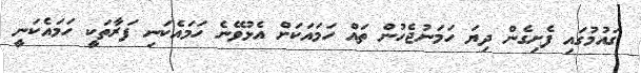
ގައުމުގައި ފެށިގެން ދިޔަ ހަމަނުޖެހުން ތައް ހަމައަކަށް އެޅުވޭނެ ހަމައެކަނި ފަރާތަކީ ހަމައެކަނީ